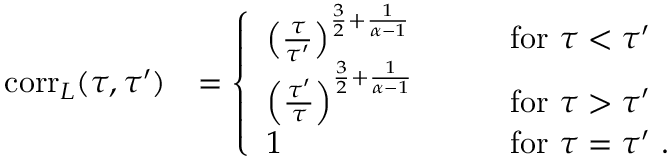
\begin{array} { r l } { \mathrm { c o r r } _ { L } ( \tau , \tau ^ { \prime } ) } & { = \left\{ \begin{array} { l l } { \left( \frac { \tau } { \tau ^ { \prime } } \right) ^ { \frac { 3 } { 2 } + \frac { 1 } { \alpha - 1 } } } & { \qquad \mathrm { f o r } \ \tau < \tau ^ { \prime } } \\ { \left( \frac { \tau ^ { \prime } } { \tau } \right) ^ { \frac { 3 } { 2 } + \frac { 1 } { \alpha - 1 } } } & { \qquad \mathrm { f o r } \ \tau > \tau ^ { \prime } } \\ { 1 } & { \qquad \mathrm { f o r } \ \tau = \tau ^ { \prime } \ . } \end{array} \right. } \end{array}